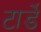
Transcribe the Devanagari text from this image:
टार्डे